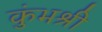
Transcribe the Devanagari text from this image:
कुंभश्री